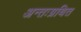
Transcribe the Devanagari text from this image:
अन्तःग्रथित